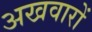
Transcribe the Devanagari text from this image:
अखवारों